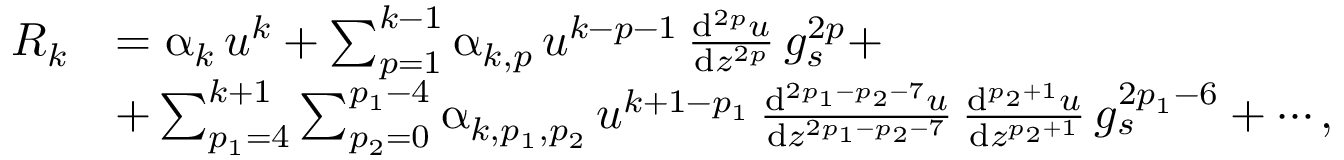
\begin{array} { r l } { R _ { k } } & { = \upalpha _ { k } \, u ^ { k } + \sum _ { p = 1 } ^ { k - 1 } \upalpha _ { k , p } \, u ^ { k - p - 1 } \, \frac { { \mathrm { d } } ^ { 2 p } u } { { \mathrm { d } } z ^ { 2 p } } \, g _ { s } ^ { 2 p } + } \\ & { + \sum _ { p _ { 1 } = 4 } ^ { k + 1 } \sum _ { p _ { 2 } = 0 } ^ { p _ { 1 } - 4 } \upalpha _ { k , p _ { 1 } , p _ { 2 } } \, u ^ { k + 1 - p _ { 1 } } \, \frac { { \mathrm { d } } ^ { 2 p _ { 1 } - p _ { 2 } - 7 } u } { { \mathrm { d } } z ^ { 2 p _ { 1 } - p _ { 2 } - 7 } } \, \frac { { \mathrm { d } } ^ { p _ { 2 } + 1 } u } { { \mathrm { d } } z ^ { p _ { 2 } + 1 } } \, g _ { s } ^ { 2 p _ { 1 } - 6 } + \cdots , } \end{array}